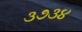
૩૭૩૪